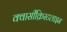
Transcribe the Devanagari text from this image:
क्वासीक्रिस्टलाइन